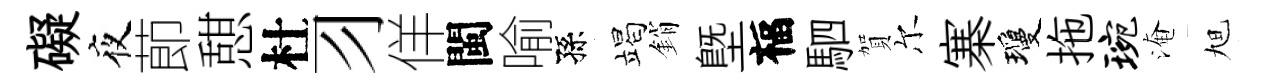
礙夜莭憇杜习佯閩喻孫竭銷塈福駟賀尔寨瓊拖琬淹旭